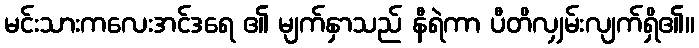
မင်းသားကလေးအင်ဒရေ ၏ မျက်နှာသည် နီရဲကာ ပီတိလျှမ်းလျက်ရှိ၏။